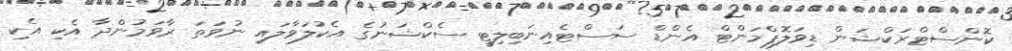
ކޮންސްޓްރަކްޝަން ޑިވަލޮޕްމަންޓް އެންޑް ސަސްޓެއިނަބިލިޓީ ސެކްޝަނުގެ އެކުލަވާލައި ނުވަތަ ރާވަމުންދާ އެކި އެކި